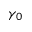
\gamma _ { 0 }